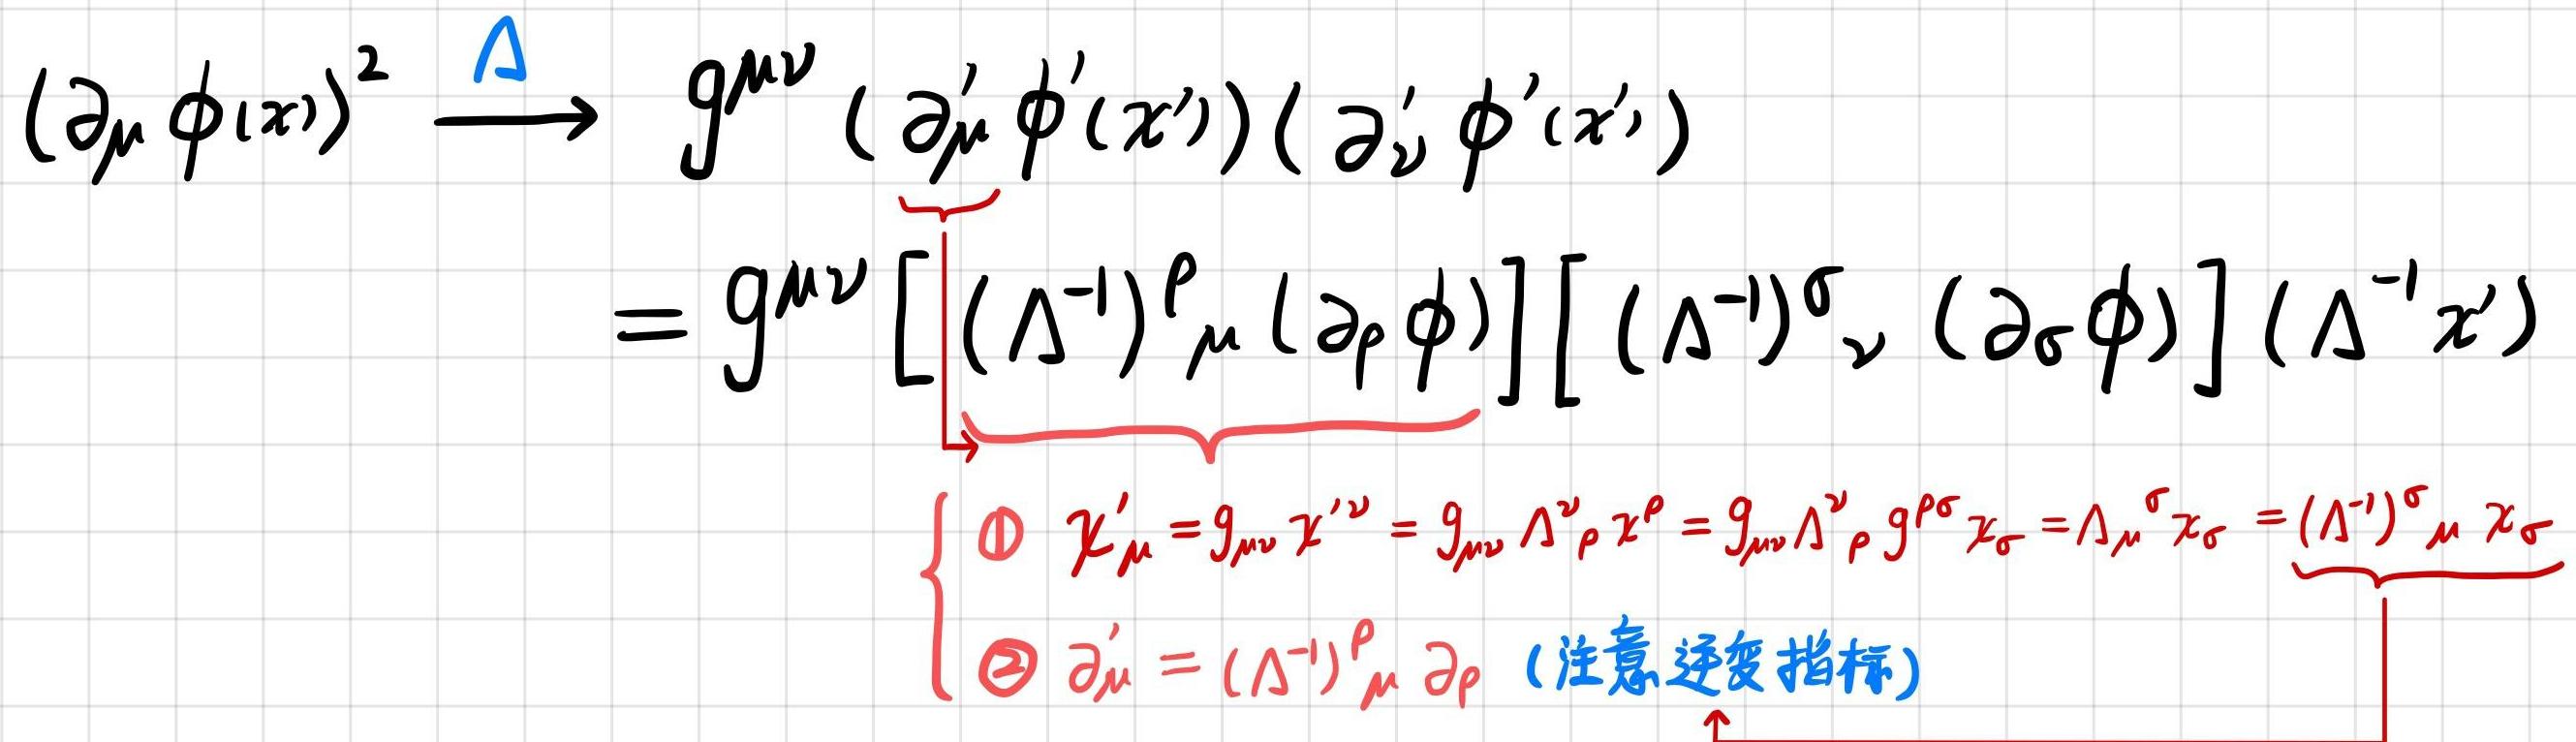
\[
\begin{align*}
(\partial_{\mu} \phi(x))^{2} &\xrightarrow{\Lambda} g^{\mu\nu} (\partial_{\mu}' \phi'(x'))(\partial_{\nu}' \phi'(x'))\\
&= g^{\mu\nu} \left[(\Lambda^{-1})^{\rho}_{\mu} (\partial_{\rho} \phi)\right]\left[(\Lambda^{-1})^{\sigma}_{\nu} (\partial_{\sigma} \phi)\right] (\Lambda^{-1} x')\\
\end{align*}
\]
\[
\begin{cases}
\textcircled{1} \ \chi_{\mu}' = g_{\mu\nu} \chi'^{\nu} = g_{\mu\nu} \Lambda^{\nu}_{\rho} \chi^{\rho} = g_{\mu\nu} \Lambda^{\nu}_{\rho} g^{\rho\sigma} \chi_{\sigma} = \Lambda_{\mu}^{\sigma} \chi_{\sigma} = (\Lambda^{-1})^{\sigma}_{\mu} \chi_{\sigma}\\
\textcircled{2} \ \partial_{\mu}' = (\Lambda^{-1})^{\rho}_{\mu} \partial_{\rho} \ (\text{注意逆变指标})
\end{cases}
\]